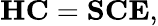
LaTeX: \mathbf{H}\mathbf{C}=\mathbf{S}\mathbf{C}\mathbf{E},